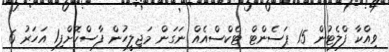
ވިއްކާ ފްލެޓުން 15 ޕަސެންޓް ޓެކްސްއެއް ނަގަން މަޖިލީހުން ފާސްކޮށްފި1 އަހަރު 6